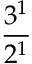
\frac { 3 ^ { 1 } } { 2 ^ { 1 } }